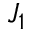
J _ { 1 }